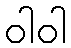
ဝါဝါ